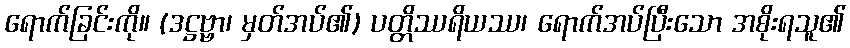
ရောက်ခြင်းကို။ (ဒဋ္ဌဗ္ဗာ၊ မှတ်အပ်၏) ပတ္တိဿရိယဿ၊ ရောက်အပ်ပြီးသော အစိုးရသူ၏